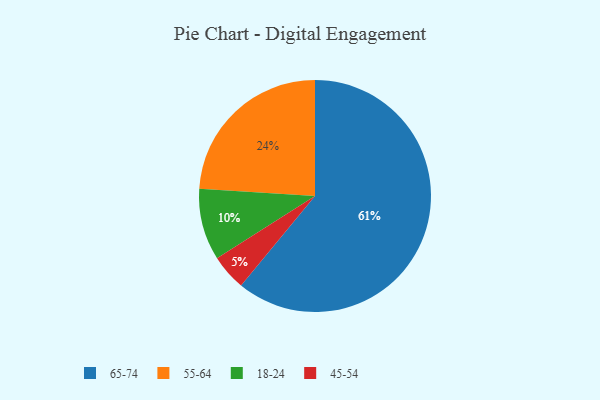
{"axis": {"x": "Category", "y": "Percentage"}, "legend": ["18-24", "45-54", "55-64", "65-74"], "data": [{"x": "45-54", "y": 5, "type": "45-54"}, {"x": "55-64", "y": 24, "type": "55-64"}, {"x": "18-24", "y": 10, "type": "18-24"}, {"x": "65-74", "y": 61, "type": "65-74"}]}